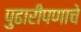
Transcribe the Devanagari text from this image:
पुढारीपणाचे